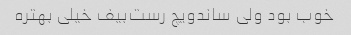
خوب بود ولی ساندویچ رست‌بیف خیلی بهتره